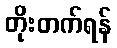
တိုးတက်ရန်